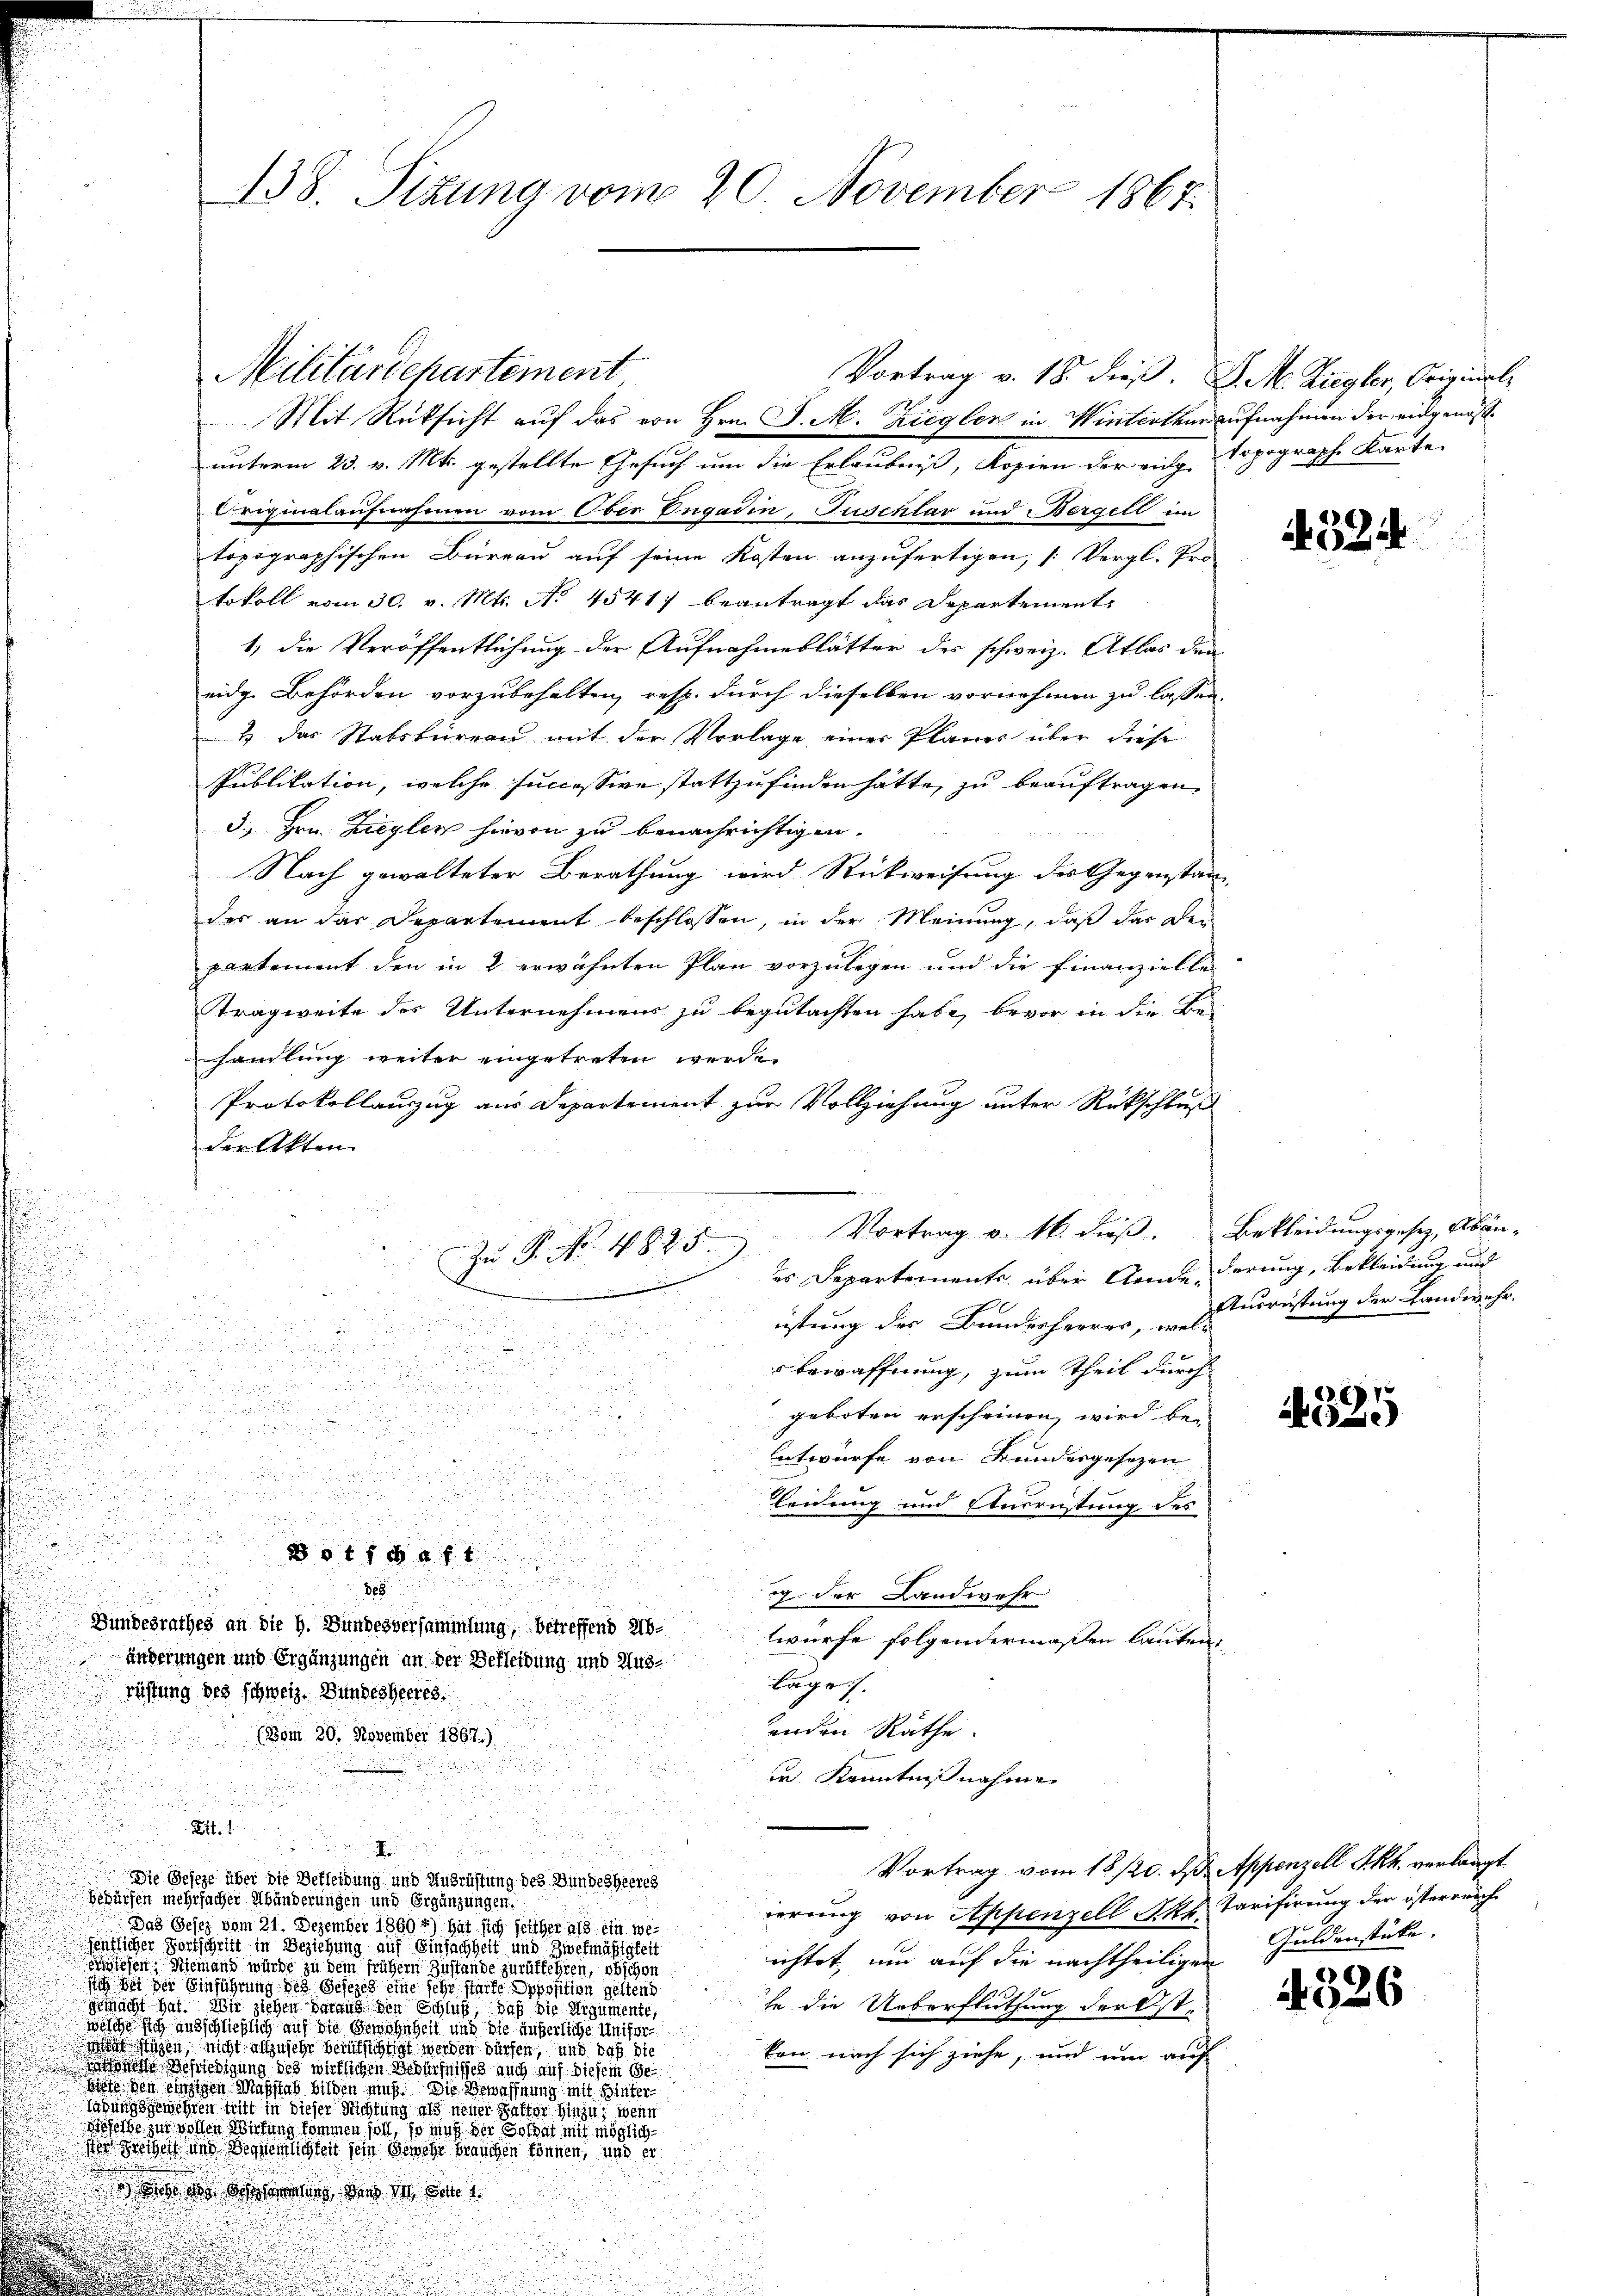
138. Sizung vom 20. November 1867.

Militärdepartement
Vortrag v. 18. dieß. J. M. Ziegler, Original¬
Mit Rüksicht auf das von Hrn. J. M. Zieglen in Winterthur aufnahmen der eidgenößunterm 23. v. Mts. gestellte Gesuch um die Erlaubniß, Kopien der eing topograph Karte
Criginalaufnahmen vom Ober Dugadin, Tuschlav und Bergell im
topographischen Büreau auf seine Kosten anzufertigen, (Vergl. Pro
tokoll vom 30. v. Mts. No 4541) beantragt das Departement
1, die Veröffentlichung der Aufnahmeblätter des schweiz. Atlas den
eidg. Behörden vorzubehalten, resp. durch dieselben vornehmen zu lassen
2 das Stabsbureau mit der Vorlage einer Planes über diese
Publikation, welche successive stattzufinden hätte, zu beauftragen,
3. Hrn. Ziegler hievon zu benachrichtigen.
Nach gewalteter Berathung wird Rückweisung des Gegenstan
des an der Departement beschlossen, in der Meinung, daß das den
partement den in 2 erwähnten Plan vorzulegen und die Finanzielle
Tragweite des Unternehmens zu begutachten habe, bevor in die Be-
handlung weiter eingetreten werde.
Protokollauszug aus Departement zur Vollziehung unter Rückschluß
der Akten

.

0

.
s
u

n
.

n
s bewaffnung, zum Theil durch
n
n

e
u

geboten erscheinen, wird be-
.

u
u
Entwurfe von Bundergesetzen

.

leidung und Entrüstung des

i
 0 f 18 f

888

g der Landwehr
Bundesrathes an die h. Bundesversammlung, betreffend Abtwürfe folgendermaßen lauten,
änderungen und Ergänzungen an der Berleidung und Aus-
bage.
rüstung des schweiz. Bundesheeres.
anden Räthe.
(Bom 20. November 1867.)
s
der Kenntnißnahme

Lt.

u

Vortrag vom 18/20. ds. Appenzell Akk. verlangt
u
Die Geseze über die Bekleidung und Ausrüstung des Bundesheeres
Bedürfen mehrfacher Abänderungen und Ergänzungen
ierung von Appenzell Akt. Tarifirung der österreich
Das Gesez vom 21. Dezember 1869 4) hat sich seither als ein wefentlicher Fortschrift in Beziehung auf Einfachheit und Zwekmäßigkeit
ichtet, um auf die nachtheiligen Guldenstücke.
ewiesen, Niemand würde zu dem frühem Zustande zurükfehren, obschon
sch bei der Einführung des Gesezes eine sehr starke Opposition geltend
he die Ueberfluthung der ste
gemacht hat. Wir ziehen daraus den Schluß, daß die Argumente,
wölche sich ausschließlich auf die Bewohnheit und die äußerliche Unifor
 i sagen, nicht anzusehr berufsichtigt werden dürfen, und daß die
kon nach sich ziehe, und ein auf
de Befriedigung des wirklichen Bedürfnisses auch auf diesem Ge
 den einigen Maßstab bilden muß. Die Bewaffnung mit Hinterbunden mit in dieser Richtung als neuer hatter hiezu wenn
.
Beselbe zur Vollen Wirkung kommen soll, so muß der Soldat mit möglich
er Freiheit und Bernemlichteit sein Gewere brauchen können, und er
 des Scherung ders der Be

Vortrag v. M. dieß. Bekleidungsgesetz, Abän¬
Zu P. No. 4825
es Departemente über Grade, derung, Bekleidung und
istung der Bundesherrer, u. Ausrüstung der Landwehr.
e

A524.

A329

4326